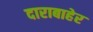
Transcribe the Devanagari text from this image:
दाराबाहेर